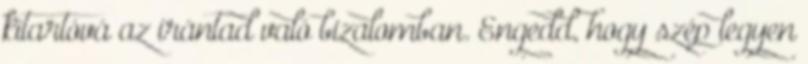
kitartóvá az irántad való bizalomban. Engedd, hogy szép legyen